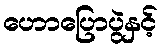
ဟောပြောပွဲနှင့်